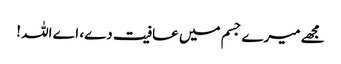
مجھے میرے جسم میں عافیت دے، اے اللہ !